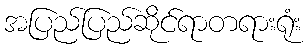
အပြည်ပြည်ဆိုင်ရာတရားရုံး